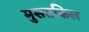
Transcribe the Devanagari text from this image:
मुसतकिल